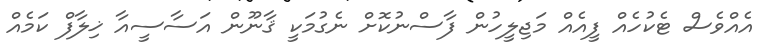
އެއްވެސް ޓެކުހެއް ފީއެއް މަޖިލީހުން ފާސްނުކޮށް ނެގުމަކީ ޤާނޫން އަސާސީއާ ޚިލާފް ކަމެއް